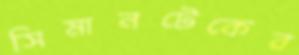
সিমানটেকের